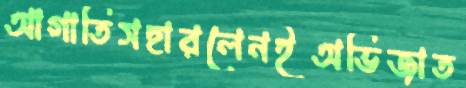
আগাতিসহারলেনইঅভিজাত